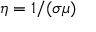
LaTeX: \eta = 1 / ( \sigma \mu )